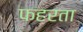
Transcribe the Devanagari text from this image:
फहरता